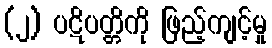
(၂) ပဋိပတ္တိကို ဖြည့်ကျင့်မှု